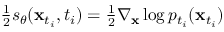
\begin{array} { r } { \frac { 1 } { 2 } s _ { \theta } ( \mathbf { x } _ { t _ { i } } , t _ { i } ) = \frac { 1 } { 2 } \nabla _ { \mathbf { x } } \log p _ { t _ { i } } ( \mathbf { x } _ { t _ { i } } ) } \end{array}